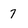
Character: 7